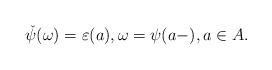
LaTeX: \begin{align*}\check{\psi}(\omega) = \varepsilon(a),\omega = \psi(a-),a\in A.\end{align*}